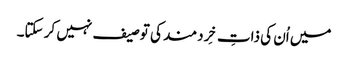
میں اُن کی ذاتِ خِردمند کی توصیف نہیں کر سکتا۔